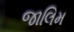
જાલિમ